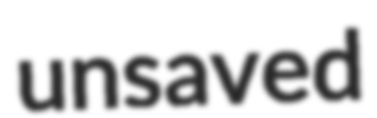
unsaved